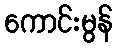
ကောင်းမွန်